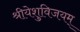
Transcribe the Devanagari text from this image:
श्रीयेशुविजयम्